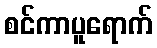
စင်ကာပူရောက်